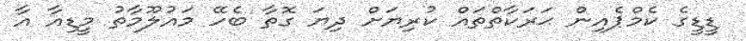
ޑީޑީގެ ކެމްޕެއިން ޙަރަކާތްތައް ކުރިޔަށް ދިޔަ ގޮތާ ބެހޭ މައުލޫމާތު މީޑިއާ އާ